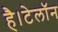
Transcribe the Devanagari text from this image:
है।टेलॉन